Report on malaria in the Punjab during the year ...  together with an account of the work of the Punjab Malaria Bureau - Volume 2
Disease focus: Malaria
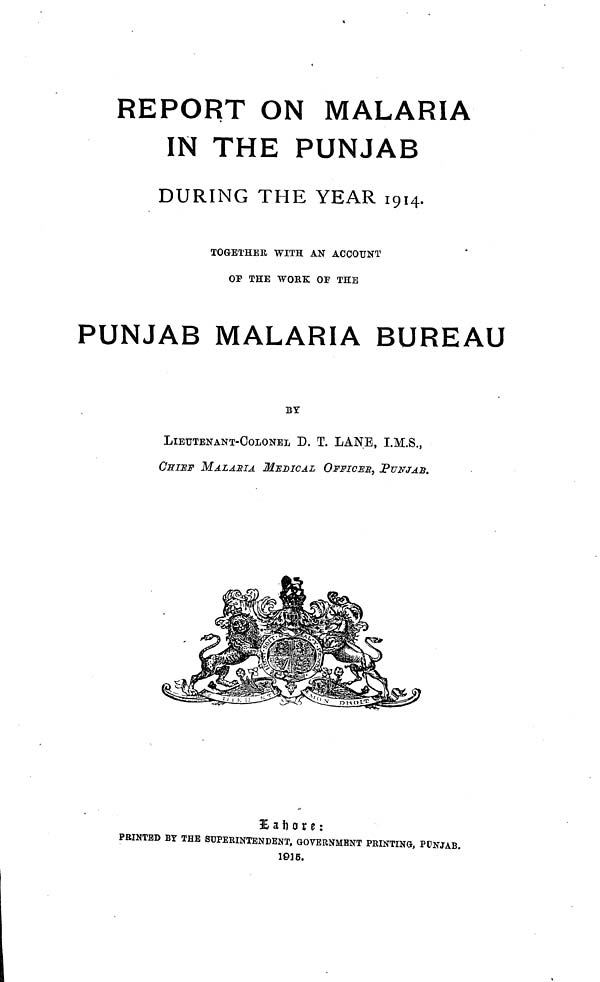
REPORT ON MALARIA
IN THE PUNJAB
DURING THE YEAR 1914.
TOGETHER WITH AN ACCOUNT
OP THE WORK OF THE
PUNJAB MALARIA BUREAU
BY
LIEUTENANT-COLONEL D. T. LANE, I.M.S.,
CHIEF MALASIA MEDICAL OFFICES., PUNJAB.